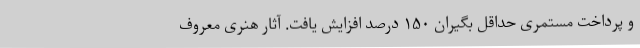
و پرداخت مستمری حداقل بگیران ۱۵۰ درصد افزایش یافت. آثار هنری معروف